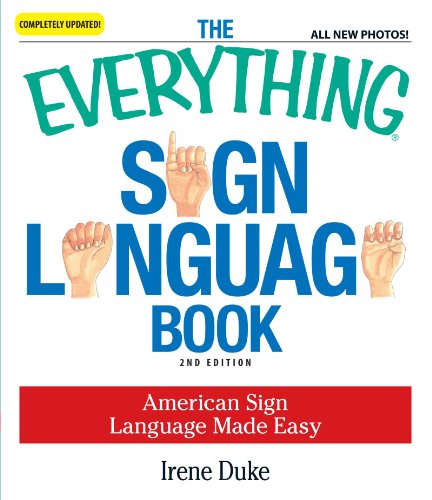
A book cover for The Everything Sign Language Book: American Sign Language Made Easy... All new photos!; Irene Duke; Reference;